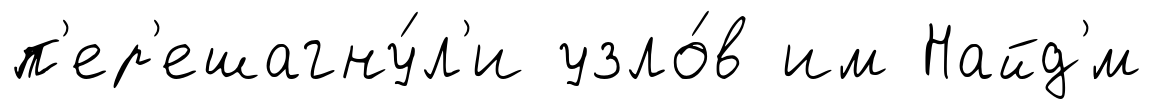
п'ер'ешагну́л'и узло́в им Найд'́м